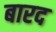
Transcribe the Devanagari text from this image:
बारद